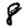
Digit: 8